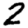
Digit: 2